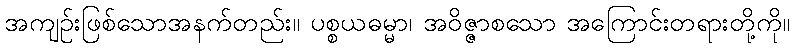
အကျဉ်းဖြစ်သောအနက်တည်း။ ပစ္စယဓမ္မာ၊ အဝိဇ္ဇာစသော အကြောင်းတရားတို့ကို။